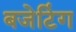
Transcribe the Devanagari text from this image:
बजेटिंग